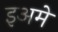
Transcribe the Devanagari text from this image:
इअमे